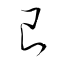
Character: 艮